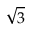
\sqrt { 3 }